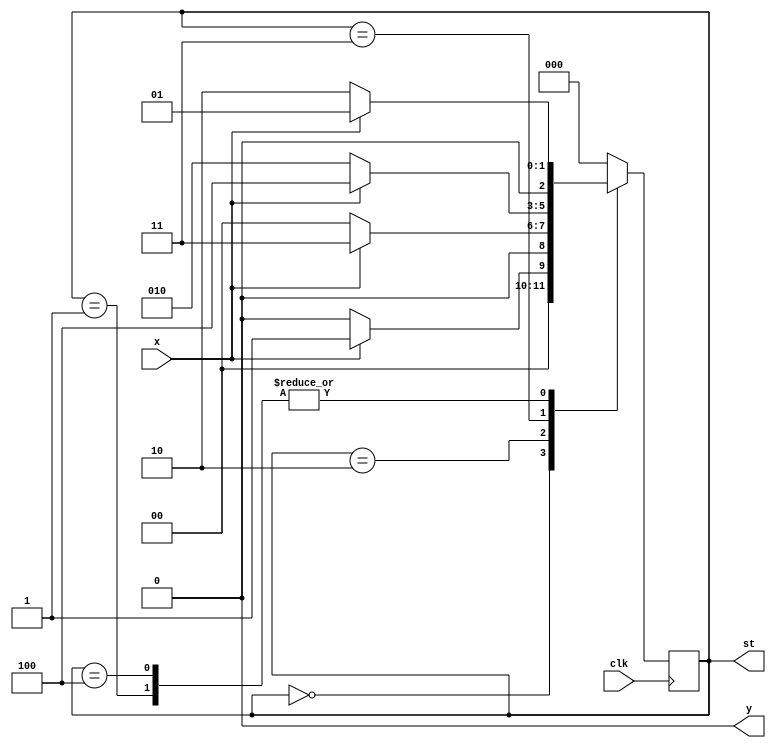
module moore1011(input clk, input x, output reg y, output reg [2:0]st);
    reg [2:0]state;
    reg [2:0]next_state;
    parameter S0 = 0,S1 = 1, S2 = 2, S3 = 3, S4=4;
    initial begin
        state <= S0;
        st <= S0;
    end

    always@(posedge clk)
    begin
        state <= next_state;
        st <= next_state;
    end

    always@(state or x)
    begin
        y = 0;
        case(state)
        S0: if(x)
                begin
                    next_state = S1;
                end
            else
                next_state = S0;

        S1: if(x)
                next_state = S1;
            else
                next_state = S2;

        S2: if(x)
                next_state = S3;
            else
                next_state = S0;
        S3: if(x)
                    next_state = S4;
            else
                next_state = S2;
        S4: if(x)
                next_state = S1;
            else
                next_state = S2;
        default:
                next_state = S0;
        endcase
    end

    always@(state)
    begin
        case(state)
            S0: y=0;
            S1: y=0;
            S2: y=0;
            S3: y=0;
            S4: y=1;
        endcase
    end
endmodule

module test;
    reg clk,x;
    wire y;
    wire [2:0]st;

    moore1011 uut (.clk(clk),.x(x),.y(y), .st(st));

    always
        begin
            clk = ~clk; #5;
        end
    initial begin
        clk=0;
        x=0;
        #15;
        x=1; #10;
        x = 0; #10;
        x=1; #10;
        x=1; #10;
        x=0; #10;
        x = 1; #10;
        x=1; #10;
        $finish;
    end
    initial begin
        $monitor("clk=%d state = %3d t=%3d x=%d output=%d \n",clk ,st,$time,x,y);
    end

endmodule